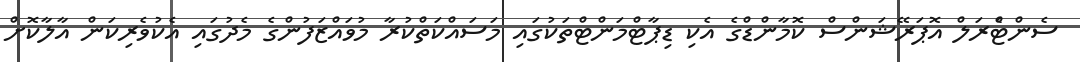
ސެންޓްެރަލް އޮޕަރޭޝަންސް ކޮމާންޑްގެ އެކި ޑިޕާޓްމަންޓްތަކުގައި މަސައްކަތްކުރާ މުވައްޒަފުންގެ މެދުގައި އެކުވެރިކަން އާލާކޮށް